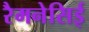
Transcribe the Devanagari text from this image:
रैमनेसिई